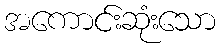
အကောင်းဆုံးသော